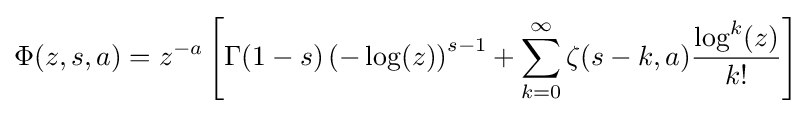
\Phi (z,s,a)=z^{-a}\left[\Gamma (1-s)\left(-\log(z)\right)^{s-1}+\sum _{k=0}^{\infty }\zeta (s-k,a){\frac {\log ^{k}(z)}{k!}}\right]